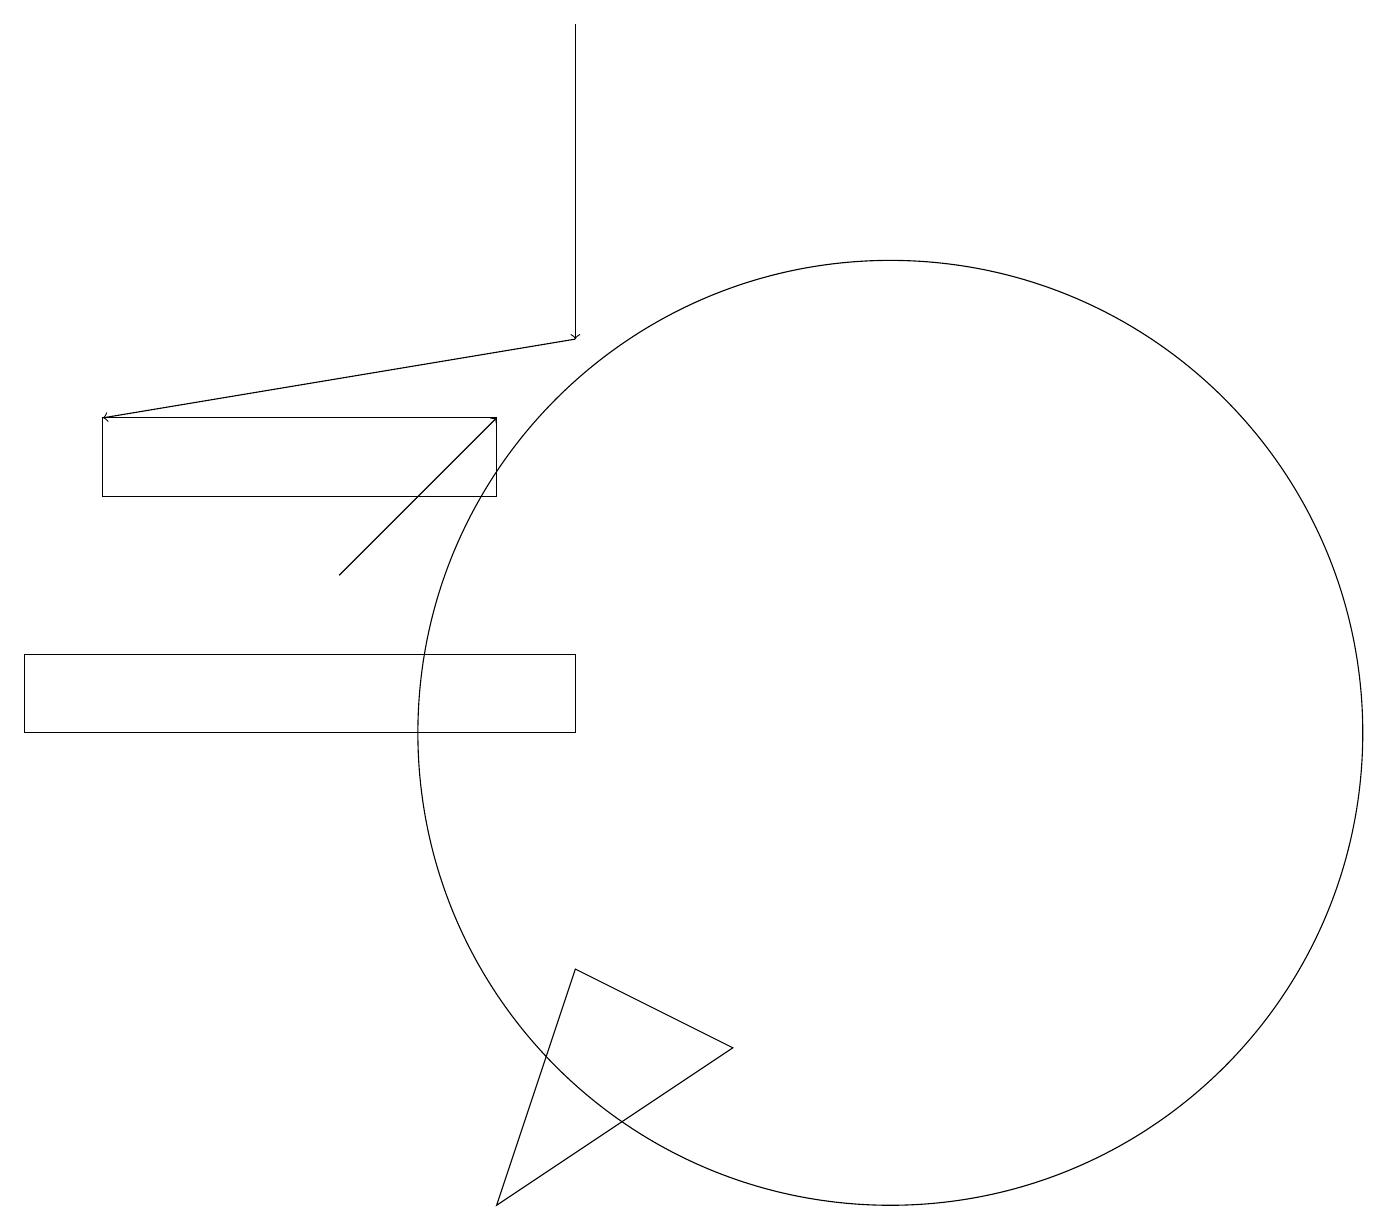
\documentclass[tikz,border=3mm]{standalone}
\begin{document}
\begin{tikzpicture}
\draw[->] (4,12) -- (6,14);
\draw (6,13) rectangle (1,14);
\draw[->] (7,19) -- (7,15);
\draw (11,10) circle (6);
\draw[->] (7,15) -- (1,14);
\draw (0,11) rectangle (7,10);
\draw (6,4) -- (7,7) -- (9,6) -- cycle;
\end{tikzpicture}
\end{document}